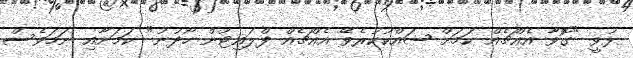
ޅުވީ "ގޮވާ އެއްޗެއް ކަމަށް ޝައްކުކުރެވޭ އެއްޗެއް ފްލައިޓުން ހޯދުނު" ކަމަށާއި ނަމަވެސް